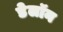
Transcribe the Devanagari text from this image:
डेलॉन